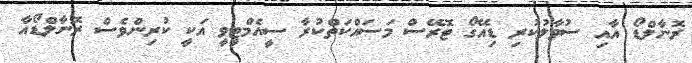
ރޮނާލްޑޯ އާއި ސުވާލުކުރި ޑިއޭގޯ ޓޮރޭސް މަސައްކަތްކުރާ ސީއެމްޓީވީ އަކީ ކުރިންވެސް ރޮނާލްޑޯއާ